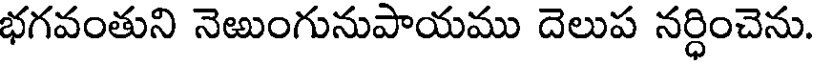
భగవంతుని నెఱుంగునుపాయము దెలుప నర్ధించెను.